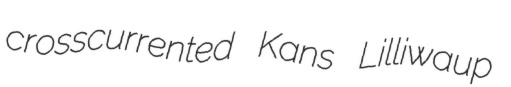
crosscurrented Kans Lilliwaup